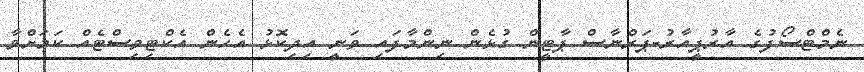
ނެމްޓްސޯފުގެ އާރުޕީއާރު-ޕަރްނާސް ޕާޓީން ގުޅެން ނިންމާފައި ވަނީ އިދިކޮޅު އެހެން އެކްޓިވިސްޓެއް ކަމަށްވާ